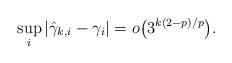
LaTeX: \begin{align*} \sup_i |\hat\gamma_{k,i} -\gamma_i| = o\bigl(3^{k(2-p)/p}\bigr).\end{align*}